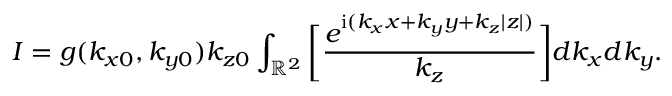
I = g ( k _ { x 0 } , k _ { y 0 } ) k _ { z 0 } \int _ { \mathbb { R } ^ { 2 } } \bigg [ \frac { e ^ { \mathrm { i } ( k _ { x } x + k _ { y } y + k _ { z } | z | ) } } { k _ { z } } \bigg ] d k _ { x } d k _ { y } .